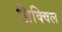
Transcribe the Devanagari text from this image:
प्रिक्विल